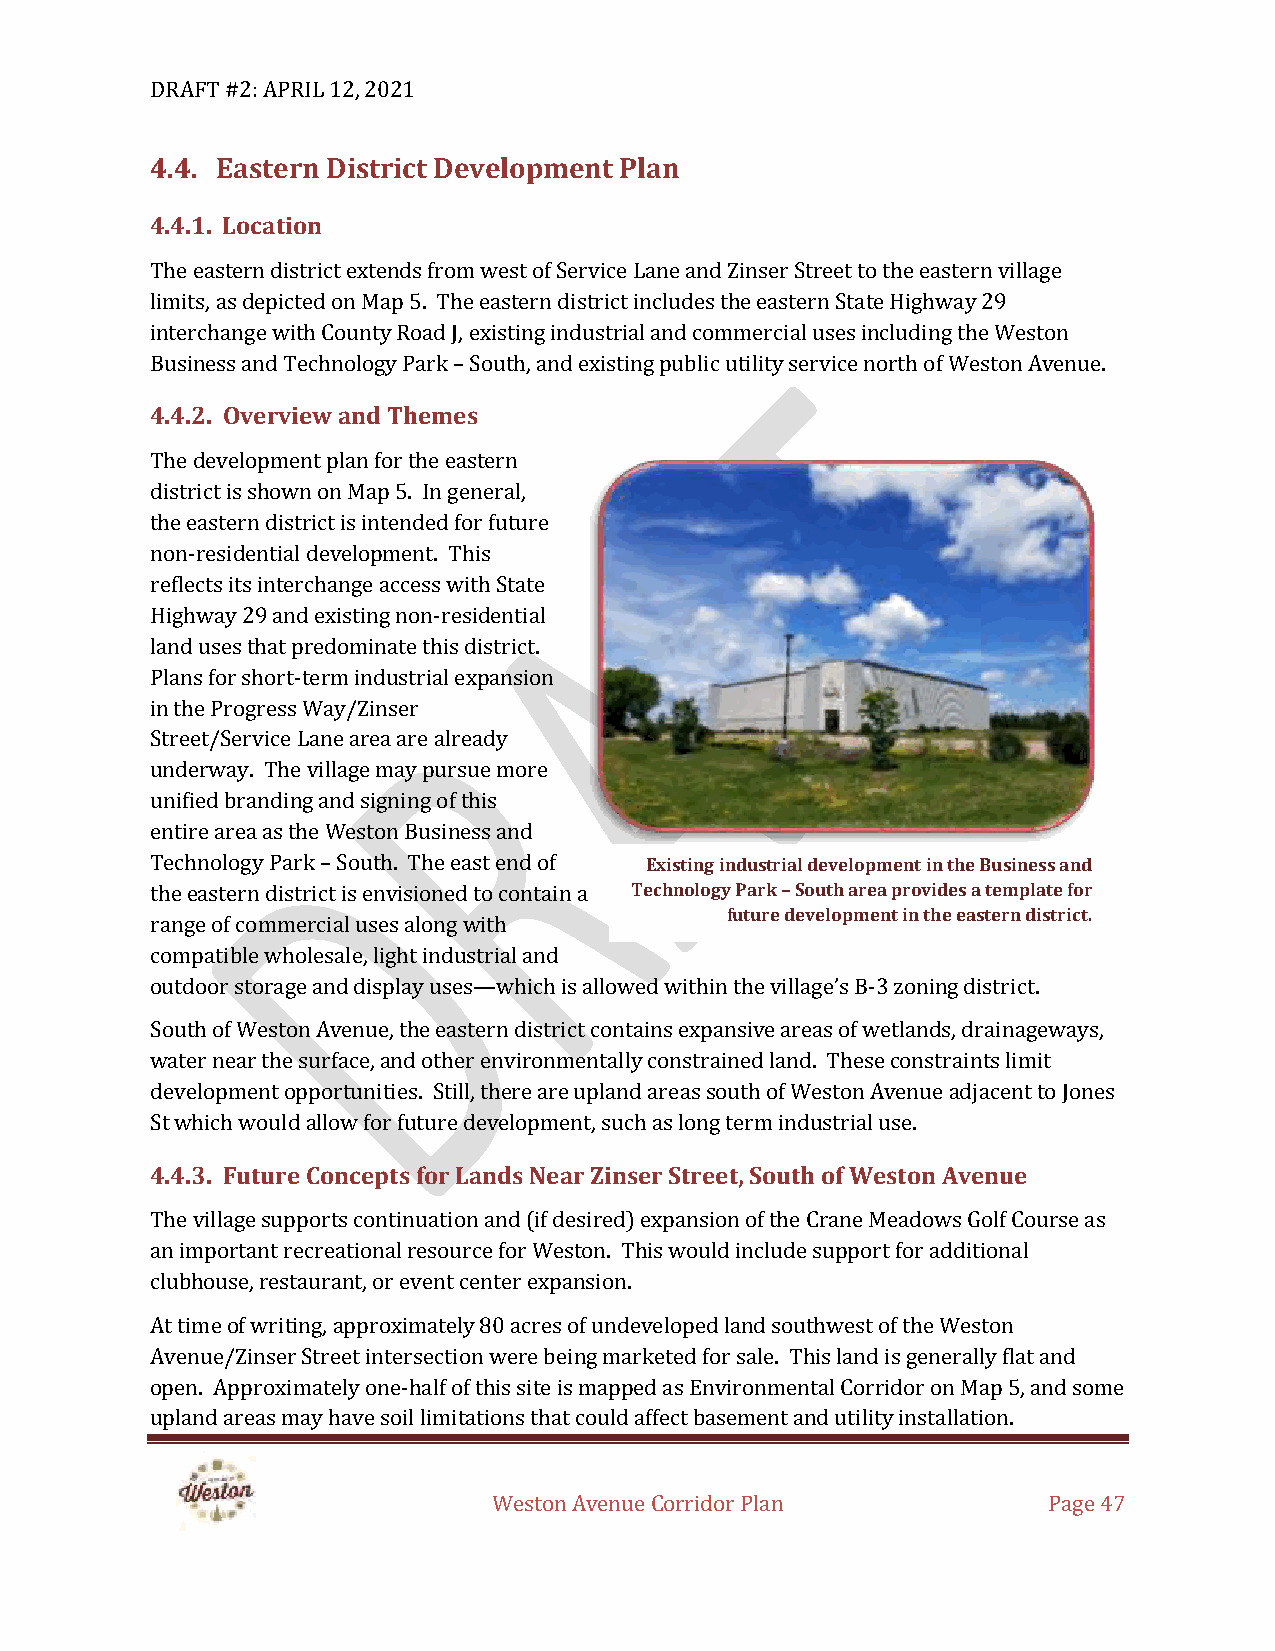
DRAFT #2: APRIL 12, 2021
 4.4. Eastern District Development Plan
 4.4.1. Location
 The eastern district extends from west of Service Lane and Zinser Street to the eastern village
 limits, as depicted on Map 5. The eastern district includes the eastern State Highway 29
 interchange with County Road J, existing industrial and commercial uses including the Weston
 Business and Technology Park – South, and existing public utility service north of Weston Avenue.
 4.4.2. Overview and Themes
 The development plan for the eastern
 district is shown on Map 5. In general,
 the eastern district is intended for future
 non-residential development. This
 reflects its interchange access with State
 Highway 29 and existing non-residential
 land uses that predominate this district.
 Plans for short-term industrial expansion
 in the Progress Way/Zinser
 Street/Service Lane area are already
 underway. The village may pursue more
 unified branding and signing of this
 entire area as the Weston Business and
 Technology Park – South. The east end of Existing industrial development in the Business and
 the eastern district is envisioned to contain a Technology Park – South area provides a template for
 future development in the eastern district.
 range of commercial uses along with
 compatible wholesale, light industrial and
 outdoor storage and display uses—which is allowed within the village’s B-3 zoning district.
 South of Weston Avenue, the eastern district contains expansive areas of wetlands, drainageways,
 water near the surface, and other environmentally constrained land. These constraints limit
 development opportunities. Still, there are upland areas south of Weston Avenue adjacent to Jones
 St which would allow for future development, such as long term industrial use.
 4.4.3. Future Concepts for Lands Near Zinser Street, South of Weston Avenue
 The village supports continuation and (if desired) expansion of the Crane Meadows Golf Course as
 an important recreational resource for Weston. This would include support for additional
 clubhouse, restaurant, or event center expansion.
 At time of writing, approximately 80 acres of undeveloped land southwest of the Weston
 Avenue/Zinser Street intersection were being marketed for sale. This land is generally flat and
 open. Approximately one-half of this site is mapped as Environmental Corridor on Map 5, and some
 upland areas may have soil limitations that could affect basement and utility installation.
 Weston Avenue Corridor Plan         Page 47